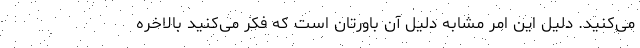
می‌کنید. دلیل این امر مشابه دلیل آن باورتان است که فکر می‌کنید بالاخره